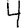
Digit: 4